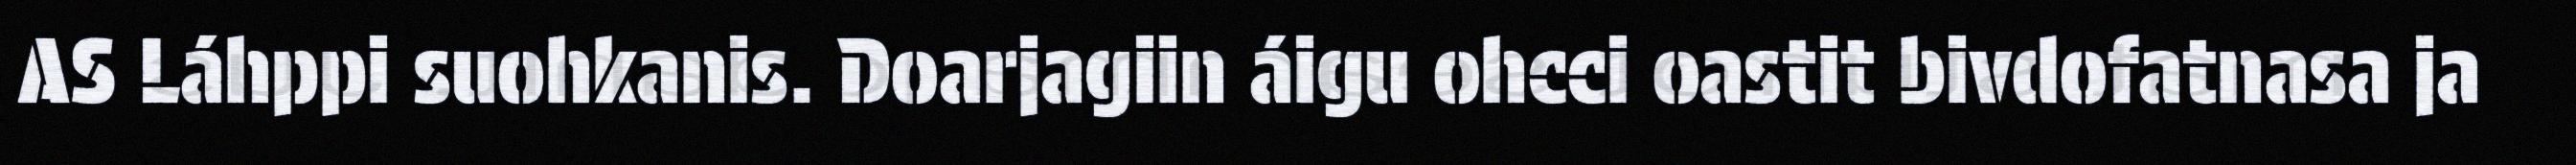
AS Láhppi suohkanis. Doarjagiin áigu ohcci oastit bivdofatnasa ja